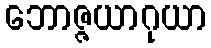
ဘောဇ္ဇယာဂုယာ